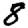
Digit: 8